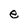
Character: e